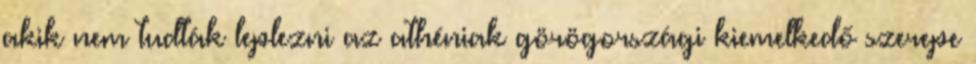
akik nem tudták leplezni az athéniak görögországi kiemelkedő szerepe